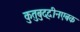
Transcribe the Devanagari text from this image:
कुतुबुद्दीनएबक